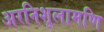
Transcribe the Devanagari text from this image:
अरनिशूलामणि